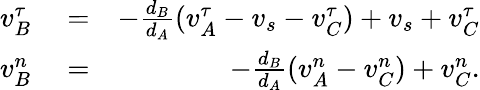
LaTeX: \begin{array}{rlr}{v_{B}^{\tau}}&{{}=}&{-\frac{d_{B}}{d_{A}}(v_{A}^{\tau}-v_{s}-v_{C}^{\tau})+v_{s}+v_{C}^{\tau}}\\ {v_{B}^{n}}&{{}=}&{-\frac{d_{B}}{d_{A}}(v_{A}^{n}-v_{C}^{n})+v_{C}^{n}.}\end{array}